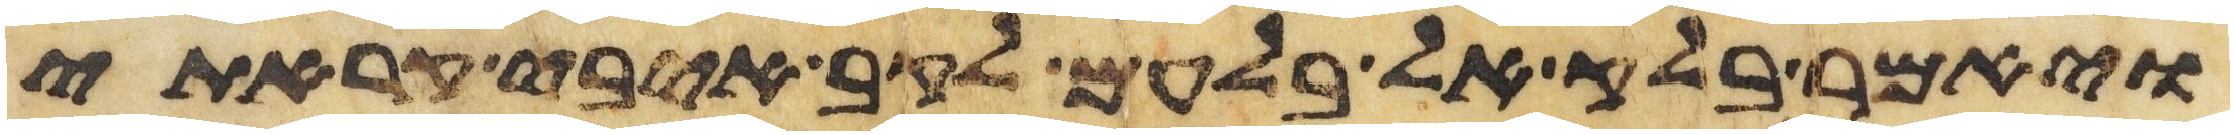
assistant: ויאמר בלק אל בלעם לקב איבי קראתי